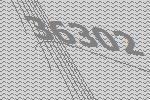
36302